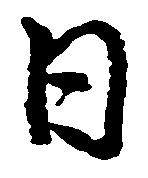
日